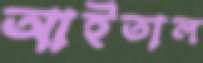
আইতাল